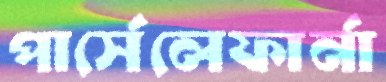
পার্সেলেফার্না